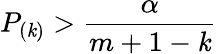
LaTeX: P_{(\mathit{k})}>{\frac{{\alpha}}{{m+1-\mathit{k}}}}